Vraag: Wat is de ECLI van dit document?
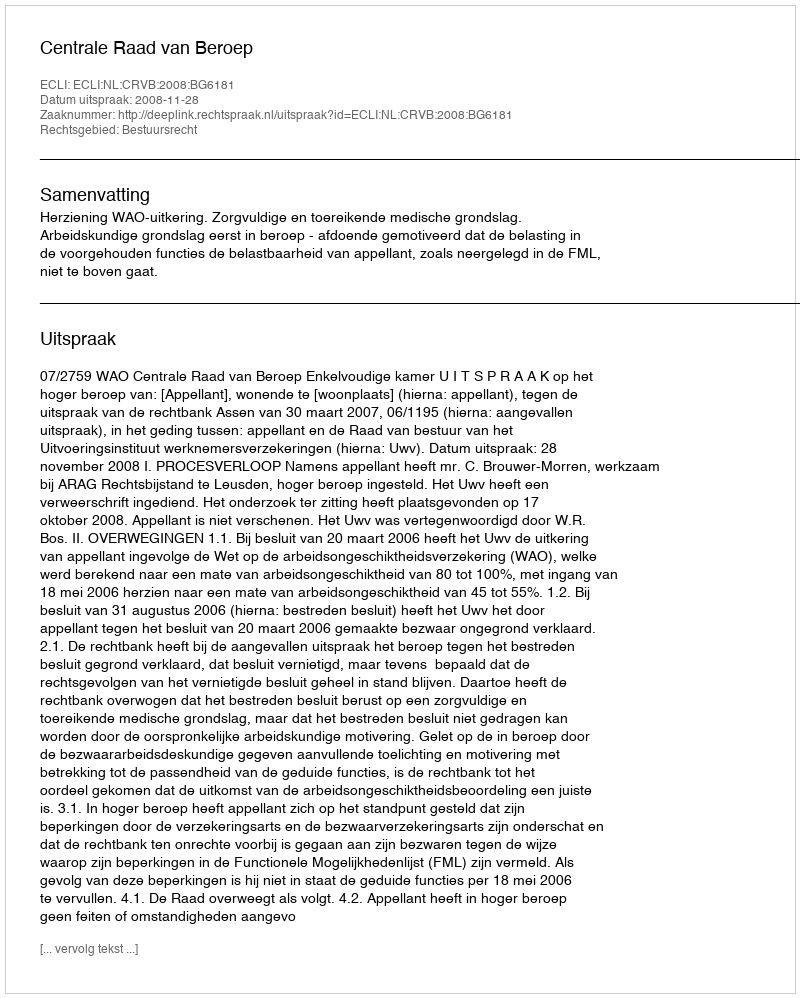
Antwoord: ECLI:NL:CRVB:2008:BG6181